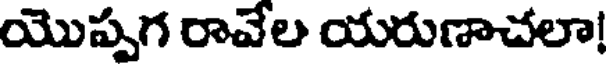
యొప్పగ రావేల యరుణాచలా!